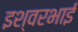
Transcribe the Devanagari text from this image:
इश्वरभाई